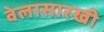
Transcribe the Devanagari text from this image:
वेलासारखी